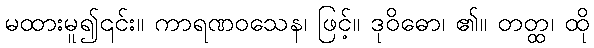
မထားမူ၍၎င်း။ ကာရဏဝသေန၊ ဖြင့်။ ဒုဝိဓော၊ ၏။ တတ္ထ၊ ထို